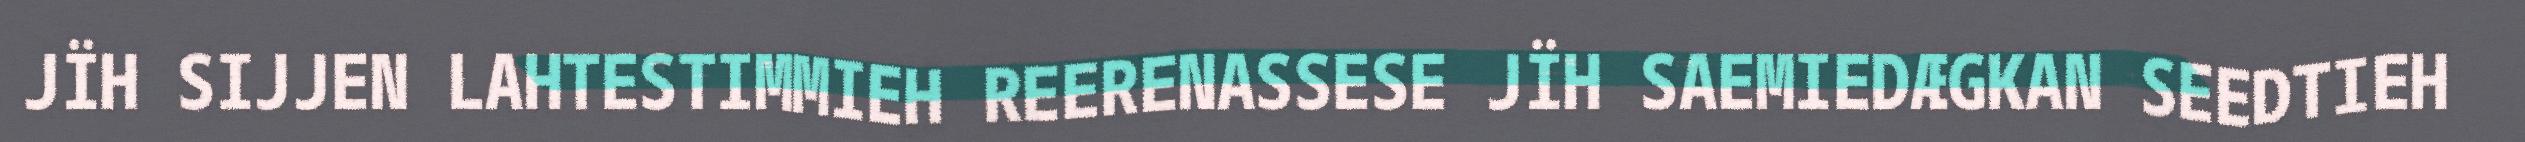
JÏH SIJJEN LAHTESTIMMIEH REERENASSESE JÏH SAEMIEDÆGKAN SEEDTIEH